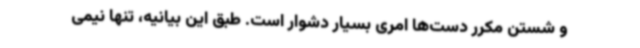
و شستن مکرر دست‌ها امری بسیار دشوار است. طبق این بیانیه، تنها نیمی